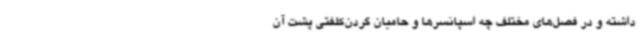
داشته و در فصل‌های مختلف چه اسپانسرها و حامیان گردن‌کلفتی پشت آن